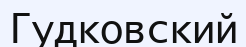
Гудковский